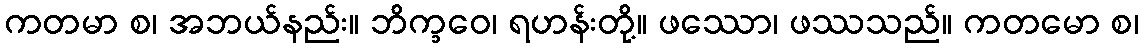
ကတမာ စ၊ အဘယ်နည်း။ ဘိက္ခဝေ၊ ရဟန်းတို့။ ဖဿော၊ ဖဿသည်။ ကတမော စ၊